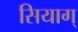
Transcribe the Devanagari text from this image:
सियाग्